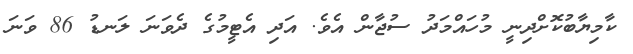
ކާމިޔާބުކޮށްދިނީ މުހައްމަދު ސުޖާން އެވެ. އަދި އެޓީމުގެ ދެވަނަ ލަނޑު 86 ވަނަ